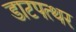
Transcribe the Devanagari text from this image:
डाटपत्थर